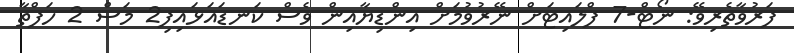
ފަރުވާތެރިވޭ: ނޯޓް-7 ފްލައިޓަށް ނޭރުވުމަށް އިންޑިޔާއިން ވެސް ކަނޑައަޅައިފި2 މަސް 2 ހަފްތާ